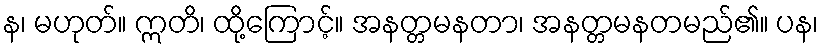
န၊ မဟုတ်။ ဣတိ၊ ထို့ကြောင့်။ အနတ္တမနတာ၊ အနတ္တမနတမည်၏။ ပန၊